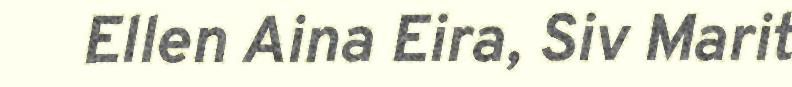
Ellen Aina Eira, Siv Marit